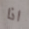
اذا